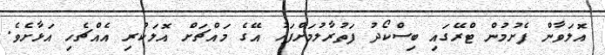
އޮލަވާން ފެށުމުން ޓްރޭގައި ބިސްކޯދު ފަތުރާލުމަށްފަހު އޭގެ މައްޗަށް އޮލަކުރި އެއްޗެހި އަޅާށެވެ.